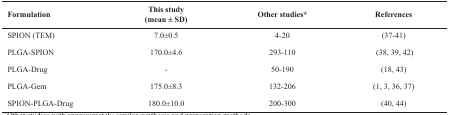
<table><thead><tr><td><b>Formulation</b></td><td><b>This study(mean ± SD)</b></td><td><b>Other studies*</b></td><td><b>References</b></td></tr></thead><tbody><tr><td>SPION (TEM)</td><td>7.0±0.5</td><td>4-20</td><td>(37-41)</td></tr><tr><td>PLGA-SPION</td><td>170.0±4.6</td><td>293-110</td><td>(38, 39, 42)</td></tr><tr><td>PLGA-Drug</td><td>-</td><td>50-190</td><td>(18, 43)</td></tr><tr><td>PLGA-Gem</td><td>175.0±8.3</td><td>132-206</td><td>(1, 3, 36, 37)</td></tr><tr><td>SPION-PLGA-Drug</td><td>180.0±10.0</td><td>200-300</td><td>(40, 44)</td></tr></tbody></table>